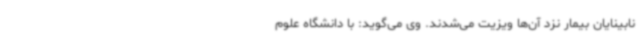
نابینایان بیمار نزد آن‌ها ویزیت می‌شدند. وی می‌گوید: با دانشگاه علوم